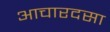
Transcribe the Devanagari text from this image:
आचारदसा